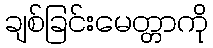
ချစ်ခြင်းမေတ္တာကို